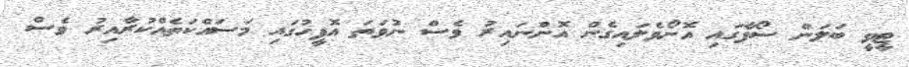
ޓީވީ ބަލަން ސޯފާގައި އޮށޯވެލައިގެން އޮންނައިރު ވެސް ނުވަތަ އޮފީހުގައި މަސައްކަތެއްކުރާއިރު ވެސް